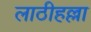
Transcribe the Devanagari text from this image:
लाठीहल्ला